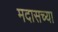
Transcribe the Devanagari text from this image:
मदासच्या